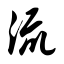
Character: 流